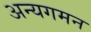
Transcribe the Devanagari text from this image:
अन्यगमन